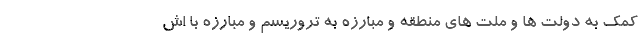
کمک به دولت ها و ملت های منطقه و مبارزه به تروریسم و مبارزه با اش